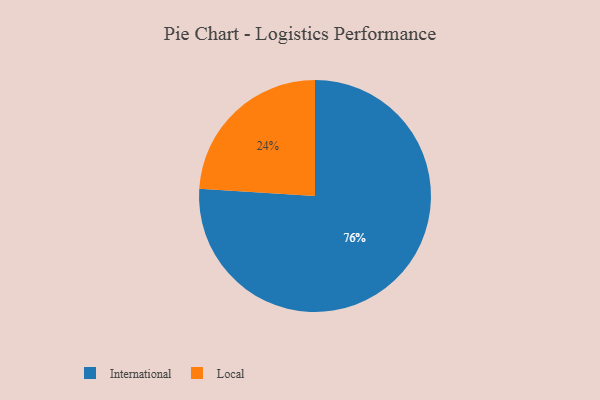
{"axis": {"x": "Category", "y": "Percentage"}, "legend": ["International", "Local"], "data": [{"x": "Local", "y": 24, "type": "Local"}, {"x": "International", "y": 76, "type": "International"}]}